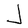
Character: J